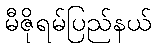
မီဇိုရမ်ပြည်နယ်